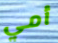
أمي